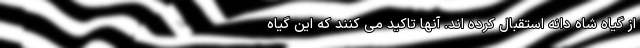
از گیاه شاه دانه استقبال کرده اند. آنها تاکید می کنند که این گیاه